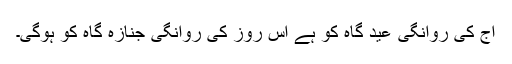
آج کی روانگی عید گاہ کو ہے اس روز کی روانگی جنازہ گاہ کو ہوگی۔